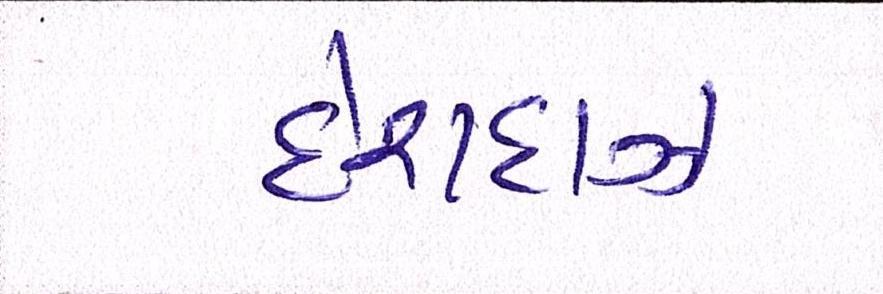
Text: દેશદાઝ